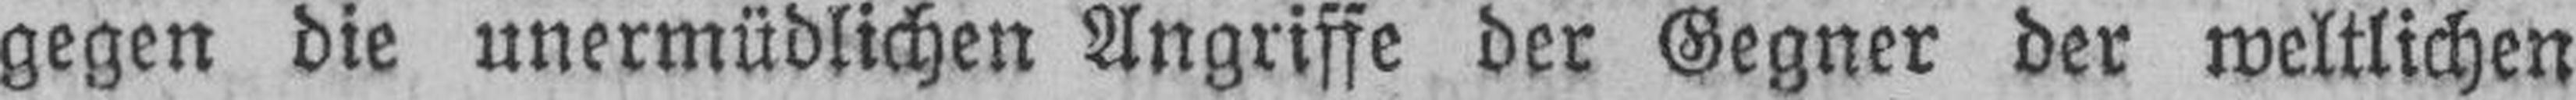
gegen die unermüdlichen Angriffe der Gegner der weltlichen